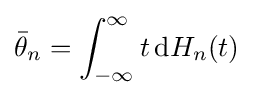
{\bar {\theta }}_{n}=\int _{-\infty }^{\infty }t\,\mathrm {d} H_{n}(t)